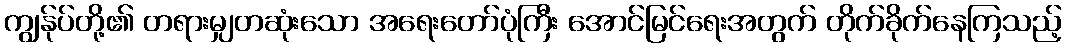
ကျွန်ုပ်တို့၏ တရားမျှတဆုံးသော အရေးတော်ပုံကြီး အောင်မြင်ရေးအတွက် တိုက်ခိုက်နေကြသည့်